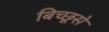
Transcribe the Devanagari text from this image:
बिच्छूसे